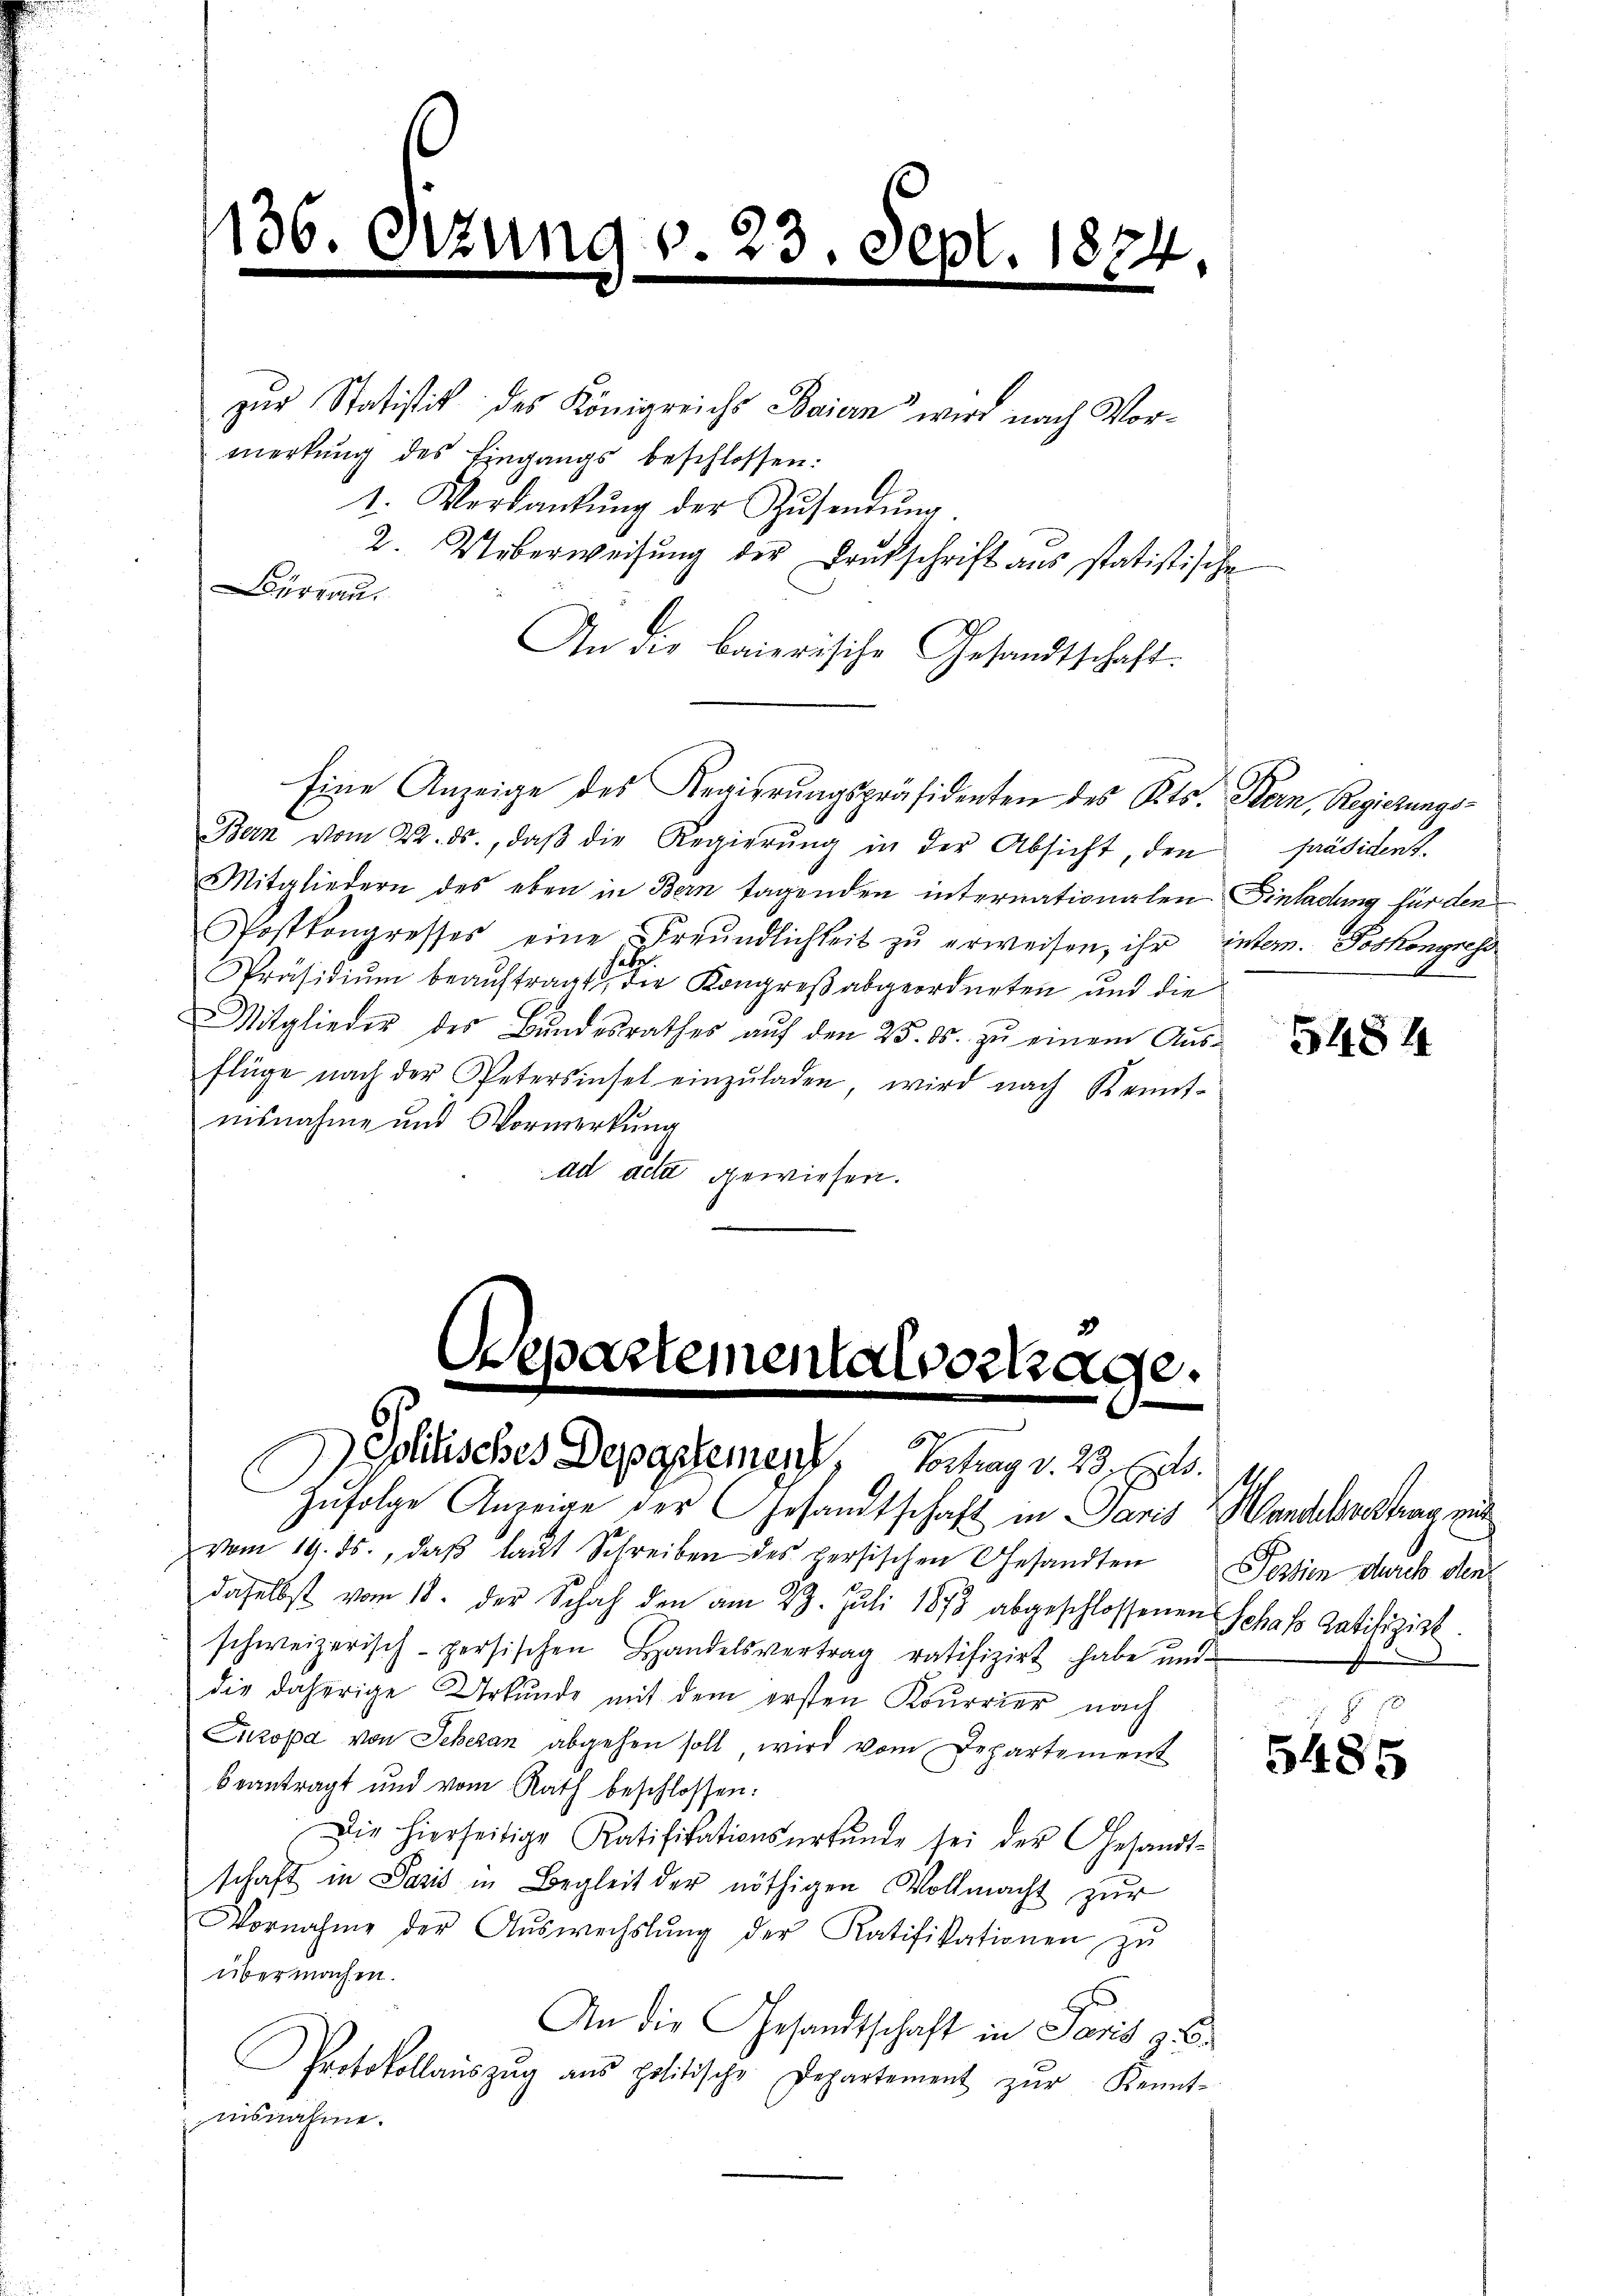
12

Bureau.

zung v. 23. Sept. 1874.

b

zur Statistik des Königreichs Baiern wird nach Vormerkŭng des Eingangs beschlossen:
1. Verdankŭng der Zŭsendŭng
2. Ueberweisŭng der Brŭtschrift ans statistische
An die baierische Gesandtschaft.
Bern vom 22. ds., daβ die Regierŭng in der Absicht, den Präsident
Mitgliedern des eben in Bern tagenden internationalen Einladung für den
Postkongresses eine Freundlichkeit zŭ erweisen, ihr intem. Poskongress
habe.
Präsidium beauftragt, die Kongreß abgeordneten und die
Mitglieder des Bŭndesrathes aŭf den 25. ds. zŭ einem Aŭs-
flüge nach der Petersinsel einzŭladen, wird nach Kennt-
insnahme und Vormerkung
ad acta gewiesen.

Eine Anzeige des Regierungspräsidenten des Kts. Bern, Regierungs-

stementalvort

Dolisches Depeschemen, Vortrag v. 23. Cts.
Zufolge Anzeige der Gesandtschaft in Paris
vom 19. ds., daß laut Schreiben des Hersischen Gesandten
daselbst vom 18. der Schah den am 23. Juli 1873 abgeschlossenen
schweizerisch-persischen Handelsvertrag ratifizirt habe ŭn-
die daherige Urkunde mit dem ersten Kourrier nach
Europa von Scheran abgehen soll, wird vom Departement
beantragt und vom Rath beschlossen:
Die hierseitige Ratifikationsurkunde sei der Gesandt-
schaft in Pasis in Begleit der nöthigen Vollmacht zur
Vornahme der Aŭswechslung der Ratifikationen zŭ
übermachen.
An die Gesandtschaft in Paris 96
Protokollaŭszŭg ans politische Departement zŭr Kennt-
nisnahme.

5484

Wandelbrechen zu
Testien durch den
Schaft Ratifizist

5485